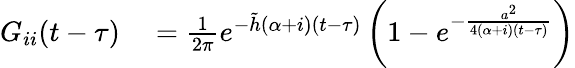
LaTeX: \begin{array}{rl}{G_{ii}(t-\tau)}&{{}=\frac{1}{2\pi}e^{-\tilde{h}(\alpha+i)(t-\tau)}\left(1-e^{-\frac{a^{2}}{4(\alpha+i)(t-\tau)}}\right)}\end{array}